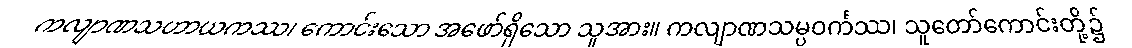
ကလျာဏသဟာယကဿ၊ ကောင်းသော အဖော်ရှိသော သူအား။ ကလျာဏသမ္ပဝင်္ကဿ၊ သူတော်ကောင်းတို့၌